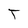
Character: T